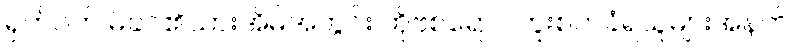
ရှက်ပတ် မိခင်၏သားအိမ်အတွင်း ကိုဗစ်ရောဂါကူးစက်ခံရသူများအနက်